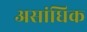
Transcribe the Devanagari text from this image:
असांधिक